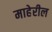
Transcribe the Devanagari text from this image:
माहेरील